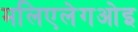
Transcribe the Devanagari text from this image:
मलिएलेगओइ